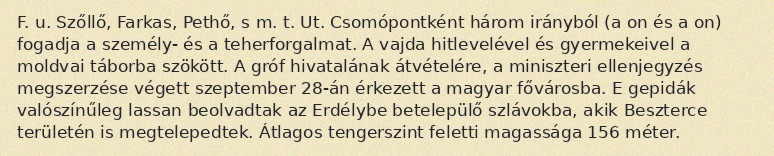
F. u. Szőllő, Farkas, Pethő, s m. t. Ut. Csomópontként három irányból (a on és a on) fogadja a személy- és a teherforgalmat. A vajda hitlevelével és gyermekeivel a moldvai táborba szökött. A gróf hivatalának átvételére, a miniszteri ellenjegyzés megszerzése végett szeptember 28-án érkezett a magyar fővárosba. E gepidák valószínűleg lassan beolvadtak az Erdélybe betelepülő szlávokba, akik Beszterce területén is megtelepedtek. Átlagos tengerszint feletti magassága 156 méter.